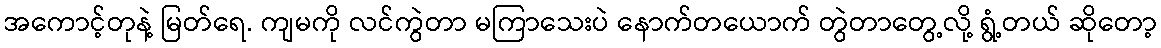
အကောင့်တုနဲ့ မြတ်ရေ. ကျမကို လင်ကွဲတာ မကြာသေးပဲ နောက်တယောက် တွဲတာတွေ့လို့ ရွံ့တယ် ဆိုတော့